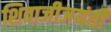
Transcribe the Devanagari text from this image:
शिवाजीजयंती